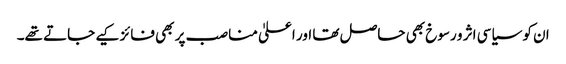
ان کو سیاسی اثر و رسوخ بھی حاصل تھا اور اعلیٰ مناصب پر بھی فائز کیے جاتے تھے۔